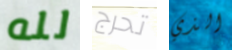
لله تحرج الذي